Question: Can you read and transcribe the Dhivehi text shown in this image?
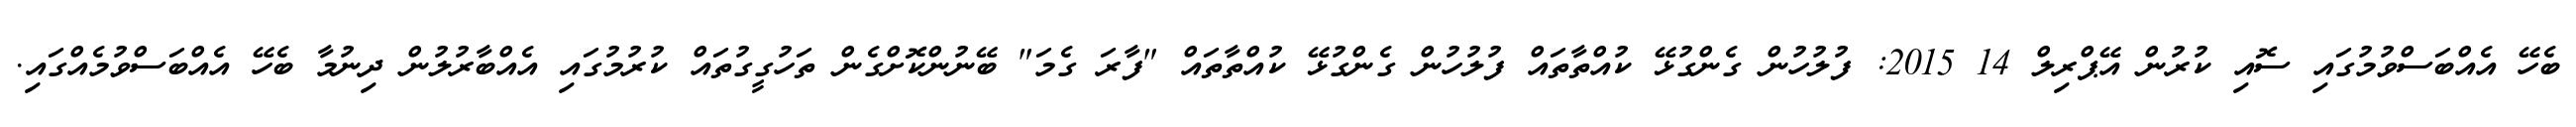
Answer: ބެހޭ އެއްބަސްވުމުގައި ސޮއި ކުރުން އޭޕްރިލް 14 2015: ފުލުހުން ގެންގުޅޭ ކުއްތާތައް ފުލުހުން ގެންގުޅޭ ކުއްތާތައް "ފާރަ ގެމަ" ބޭނުންކޮށްގެން ތަހުގީގުތައް ކުރުމުގައި އެއްބާރުލުން ދިނުމާ ބެހޭ އެއްބަސްވުމެއްގައި.